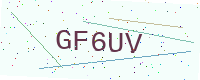
Text: GF6UV